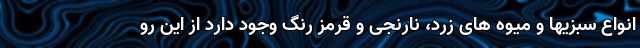
انواع سبزیها و میوه های زرد، نارنجی و قرمز رنگ وجود دارد از این رو